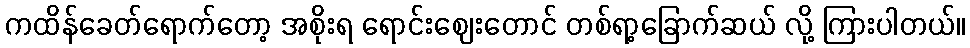
ကထိန်ခေတ်ရောက်တော့ အစိုးရ ရောင်းဈေးတောင် တစ်ရာ့ခြောက်ဆယ် လို့ ကြားပါတယ်။